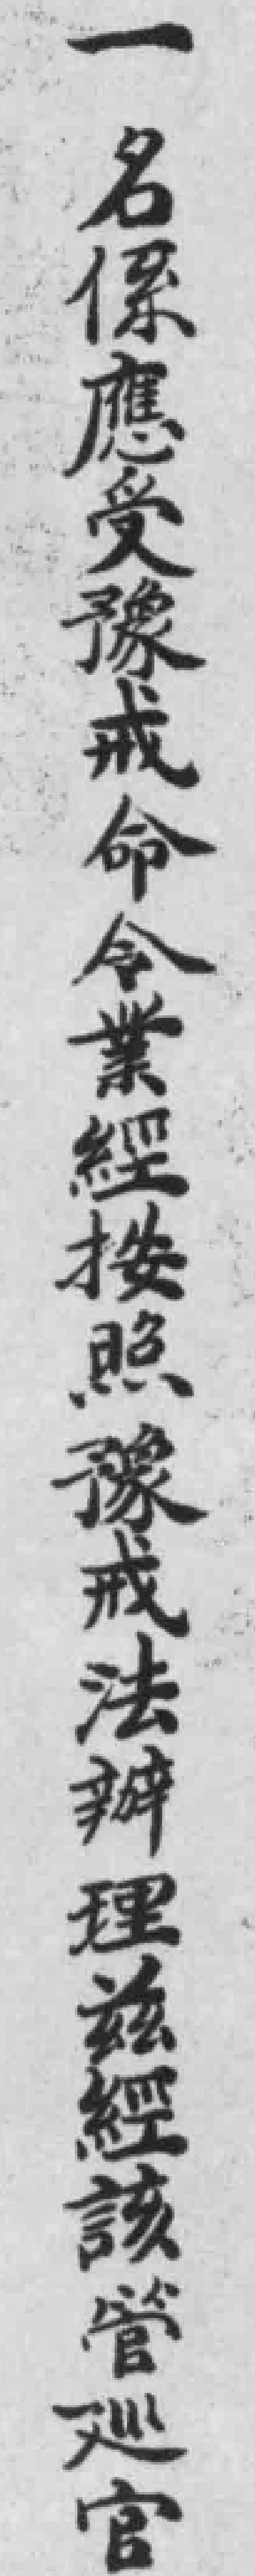
一名係應受豫戒命令業經按照豫戒法辦理兹經該管巡官